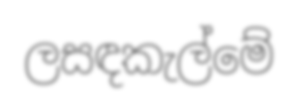
ලසඳකැල්මේ